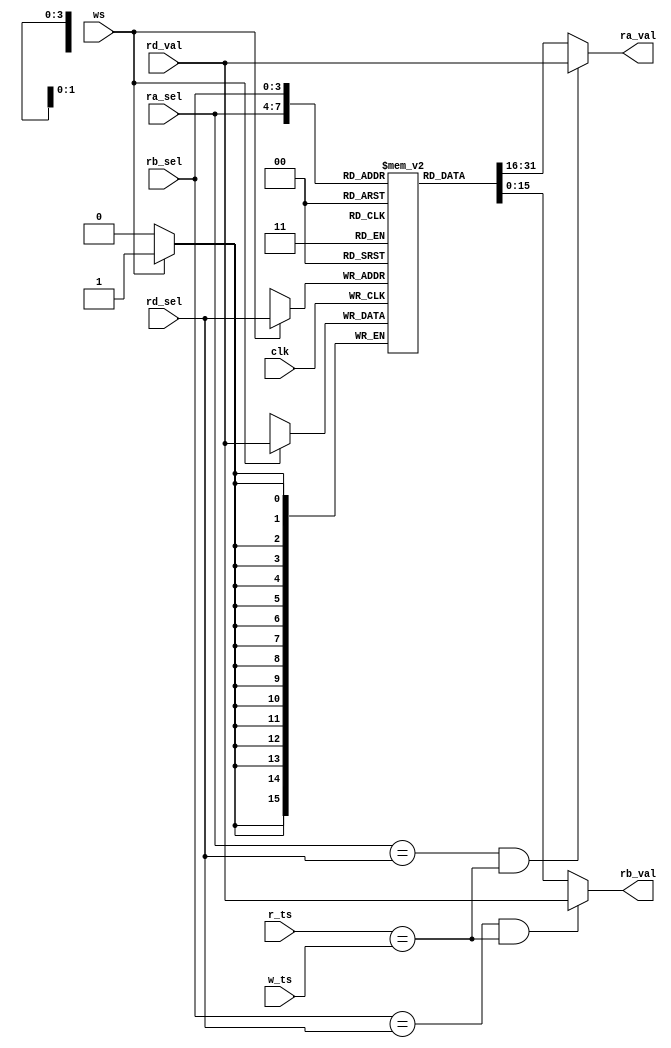

module reg_file(
    input wire           clk,       // Clock Signal
    input wire           ws,        // Write Select
    input wire           r_ts,      // Read Task Selector
    input wire           w_ts,      // Write Task Selector
    input wire[3:0]      ra_sel,    // Register A Selector
    input wire[3:0]      rb_sel,    // Register B Selector
    input wire[3:0]      rd_sel,    // Destination Register Selector
    input wire[15:0]     rd_val,    // Destination Register Value
    output wire[15:0]    ra_val,    // Register A Value
    output wire[15:0]    rb_val     // Register B Value
);

reg [15:0] file[0:15];

reg [15:0] ra_fetched;
reg [15:0] rb_fetched;

// Pass Through
wire ptr_ra = ra_sel == rd_sel & r_ts == w_ts;
wire ptr_rb = rb_sel == rd_sel & r_ts == w_ts;

always@(*) begin
    ra_fetched = ( ptr_ra ) ? rd_val : file[{r_ts, ra_sel}];
    rb_fetched = ( ptr_rb ) ? rd_val : file[{r_ts, rb_sel}];
end

always @(posedge clk) begin
    if (ws) begin 
        file[{w_ts, rd_sel}] <= rd_val;
    end
end

assign ra_val = ra_fetched;
assign rb_val = rb_fetched;

endmodule